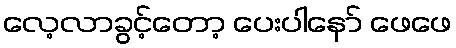
လေ့လာခွင့်တော့ ပေးပါနော် ဖေဖေ